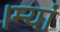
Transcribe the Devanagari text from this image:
।म्यां